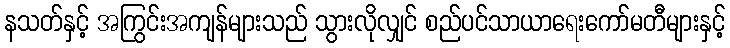
နသတ်နှင့် အကြွင်းအကျန်များသည် သွားလိုလျှင် စည်ပင်သာယာရေးကော်မတီများနှင့်